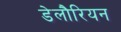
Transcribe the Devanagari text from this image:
डेलौरियन